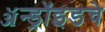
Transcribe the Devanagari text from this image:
ॲन्ड्रॉइडचे